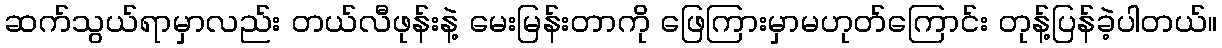
ဆက်သွယ်ရာမှာလည်း တယ်လီဖုန်းနဲ့ မေးမြန်းတာကို ဖြေကြားမှာမဟုတ်ကြောင်း တုန့်ပြန်ခဲ့ပါတယ်။